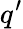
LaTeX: q^{\prime}